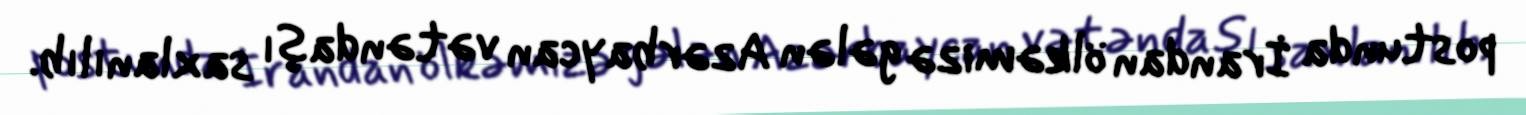
postunda İrandan ölkəmizə gələn Azərbaycan vətəndaşı saxlanılıb.